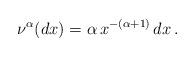
LaTeX: \begin{align*} \nu^{\alpha}(dx)= \alpha \,x^{-(\alpha+1)}\,dx \,. \end{align*}